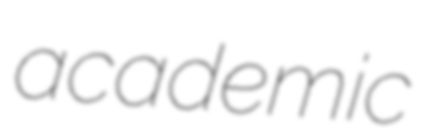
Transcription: academic